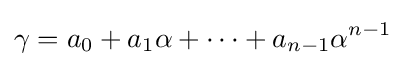
\gamma =a_{0}+a_{1}{\alpha }+\cdots +a_{n-1}{\alpha }^{n-1}